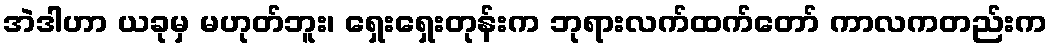
အဲဒါဟာ ယခုမှ မဟုတ်ဘူး၊ ရှေးရှေးတုန်းက ဘုရားလက်ထက်တော် ကာလကတည်းက